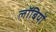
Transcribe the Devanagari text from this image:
लॉबियों